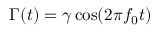
\Gamma ( t ) = \gamma \cos ( 2 \pi f _ { 0 } t )